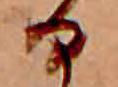
る